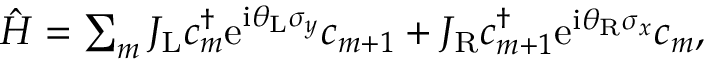
\begin{array} { r } { \hat { H } = \sum _ { m } J _ { \mathrm { L } } c _ { m } ^ { \dagger } \mathrm { e } ^ { \mathrm { i } \theta _ { \mathrm { L } } \sigma _ { y } } c _ { m + 1 } + J _ { \mathrm { R } } c _ { m + 1 } ^ { \dagger } \mathrm { e } ^ { \mathrm { i } \theta _ { \mathrm { R } } \sigma _ { x } } c _ { m } , } \end{array}